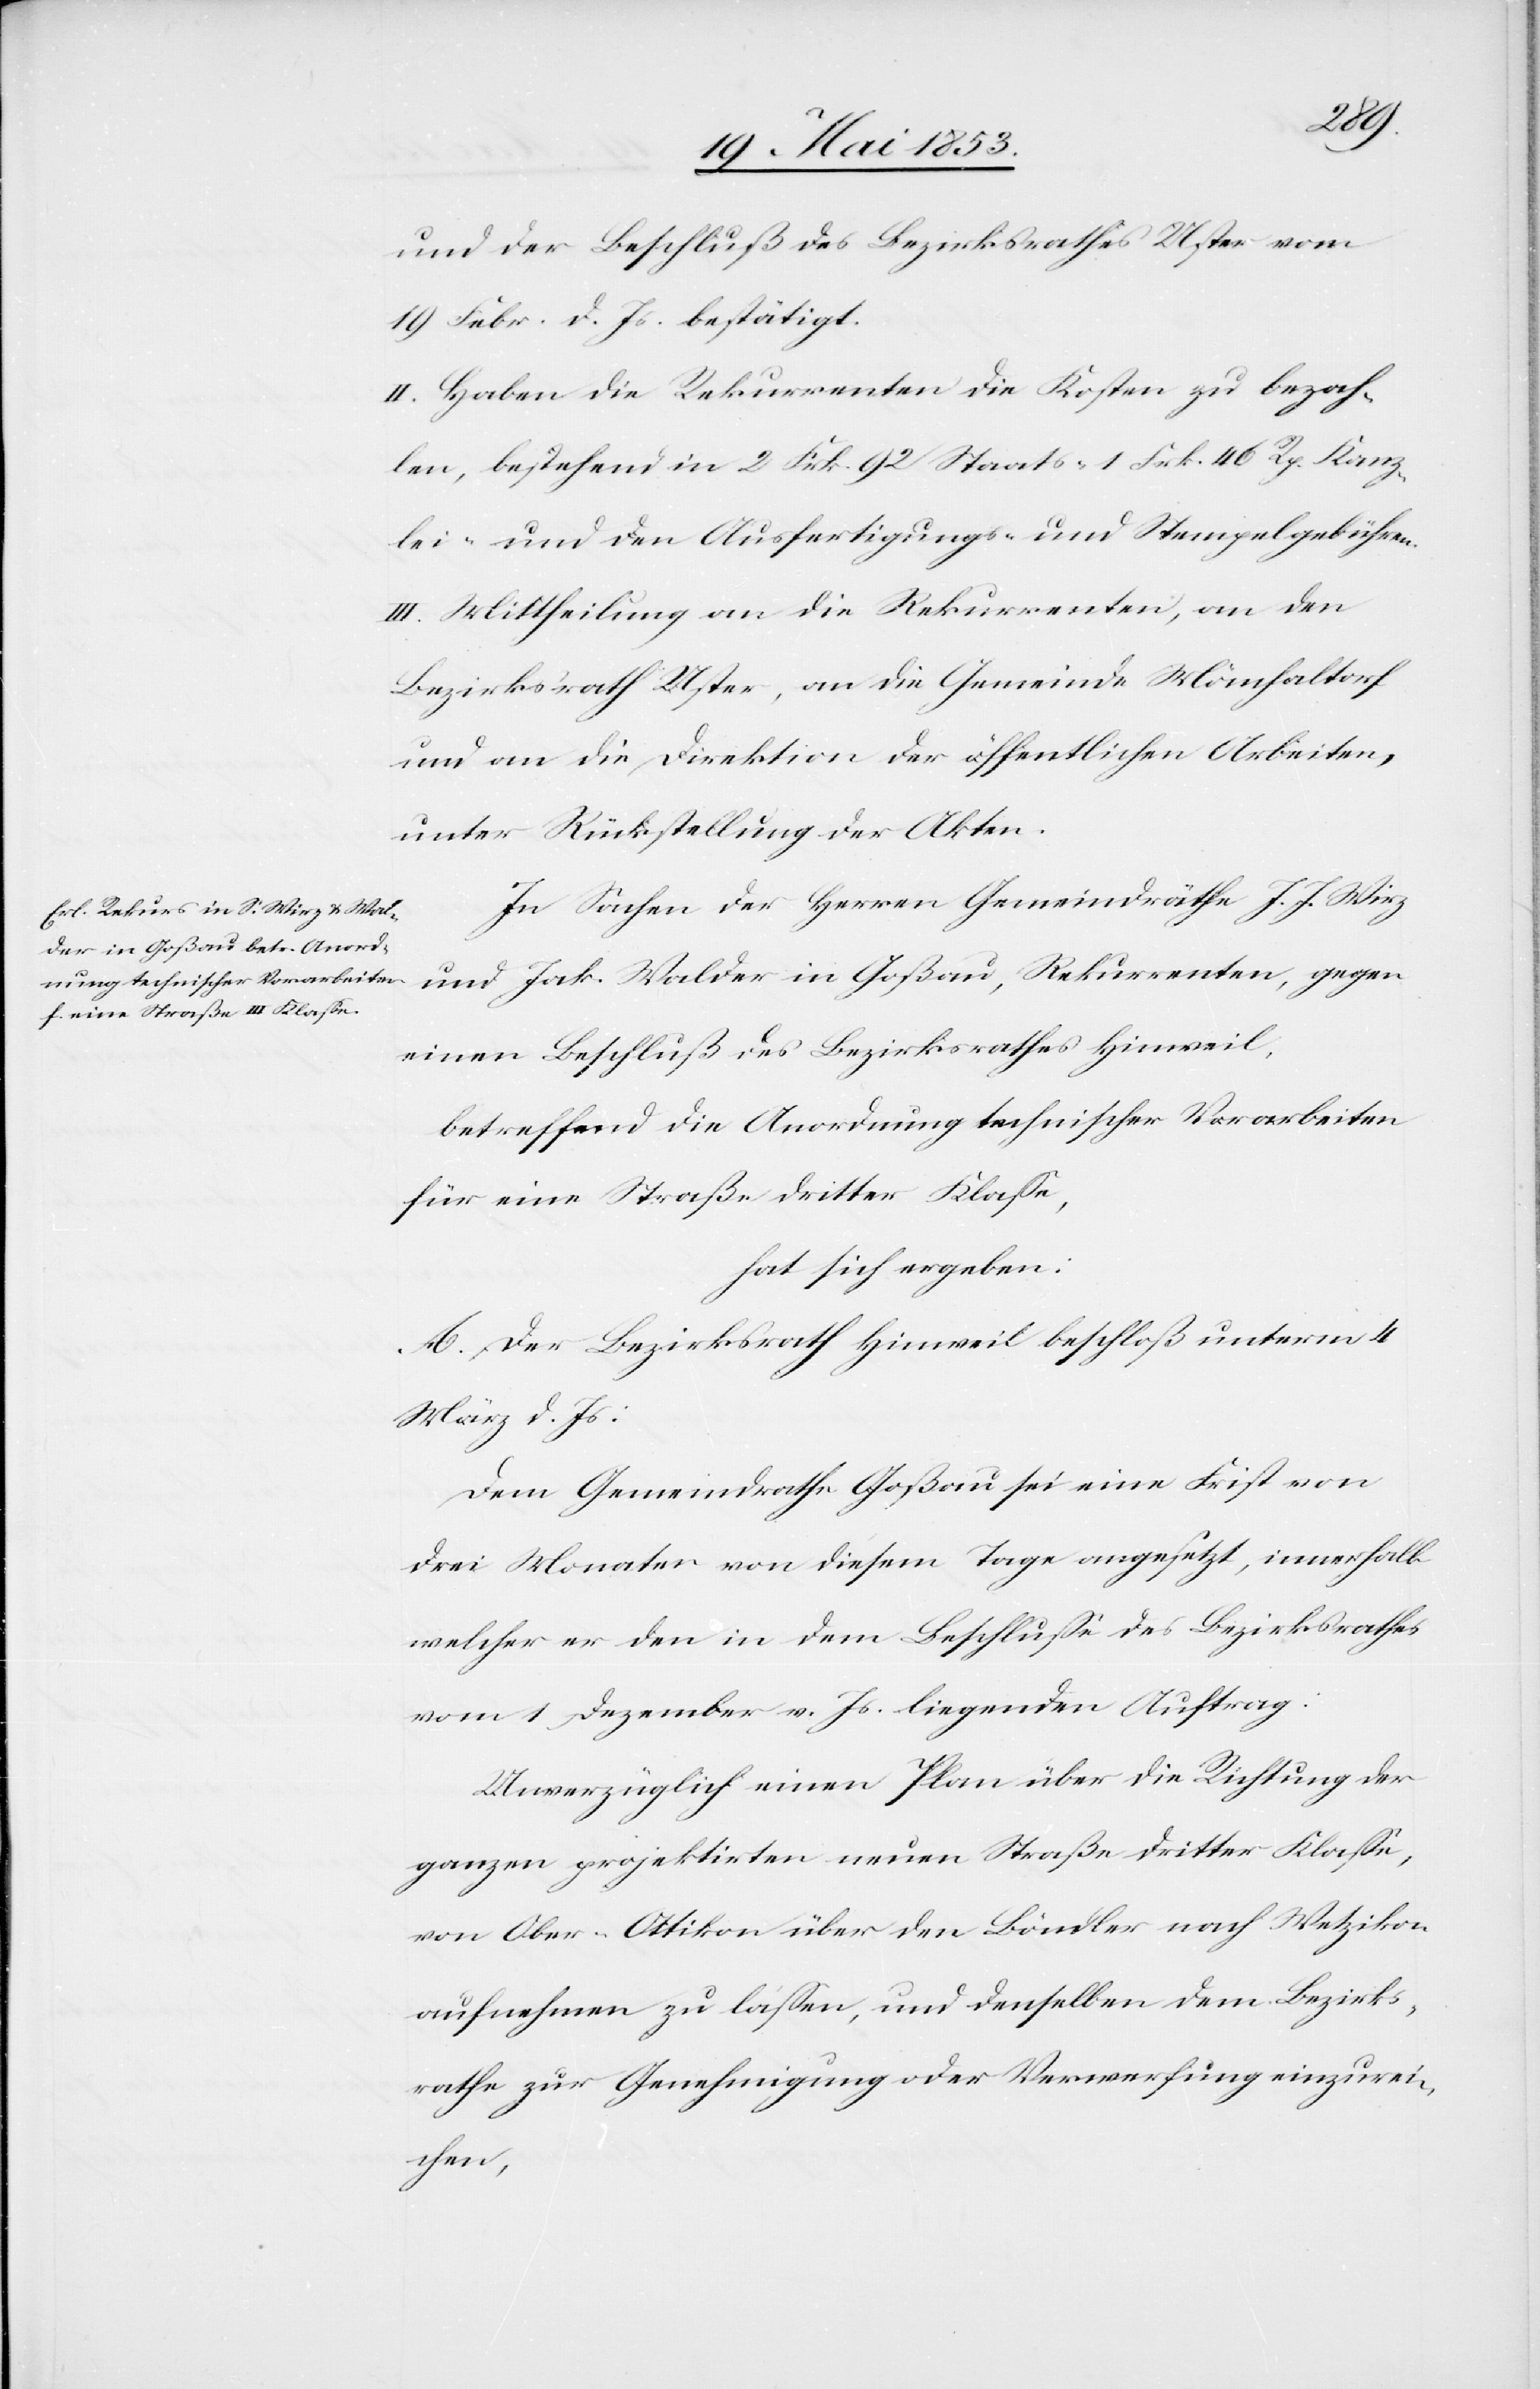
und der Beschluß des Bezirksrathes Uster vom
19 Febr. d. Js. bestätigt.
II. Haben die Rekurrenten die Kosten zu bezah¬
len, bestehend in 2 Frk. 92 Staats- 1 Frk. 46 Rp. Kanz¬
lei- und den Ausfertigungs- u. Stempelgebühren.
III. Mittheilung an die Rekurrenten, an den
Bezirksrath Uster, an die Gemeinde Mönchaltorf
und an die Direktion der öffentlichen Arbeiten,
unter Rückstellung der Akten.
In Sachen der Herren Gemeindräthe J. J. Wirz
und Jak. Walder in Goßau, Rekurrenten, gegen
einen Beschluß des Bezirksrathes Hinweil,
betreffend die Anordnung technischer Vorarbeiten
für eine Straße dritter Klaße,
hat sich ergeben:
A. Der Bezirksrath Hinweil beschloß unterm 4
März d. Js.:
Dem Gemeindrathe Goßau sei eine Frist von
drei Monaten von diesem Tage angesetzt, innerhalb
welcher er den in dem Beschluße des Bezirksrathes
vom 1 Dezember v. Js. liegenden Auftrag:
Unverzüglich einen Plan über die Richtung der
ganzen projektirten neuen Straße dritter Klaße,
von Ober-Ottikon über den Böndler nach Wetzikon
aufnehmen zu laßen, und denselben dem Bezirks¬
rathe zur Genehmigung oder Verwerfung einzurei¬
chen,